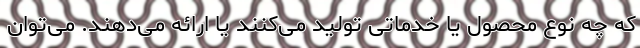
که چه نوع محصول یا خدماتی تولید می‌کنند یا ارائه می‌دهند. می‌توان